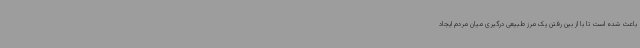
باعث شده است تا با از بین رفتن یک مرز طبیعی درگیری میان مردم ایجاد